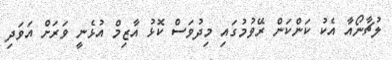
ލުޗާނޯއާ އެކު ކަންކަން ރޭވުމުގައި މިދުވަސް ކޮޅު އާޒިމް އުޅެނީ ވަރަށް އަވަދި